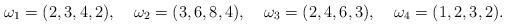
LaTeX: \begin{align*}\omega_1 &= (2,3,4,2),&\omega_2 &= (3,6,8,4),&\omega_3 &= (2,4,6,3),&\omega_4 = (1,2,3,2).\end{align*}